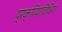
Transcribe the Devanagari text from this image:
प्रक्रियाविधियां